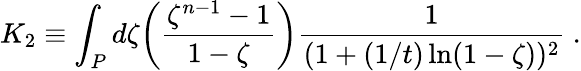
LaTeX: K_{2}\equiv\int_{P}d\zeta\biggl({\frac{\zeta^{n-1}-1}{1-\zeta}}\biggr){\frac{1}{(1+(1/t)\ln(1-\zeta))^{2}}}\ .